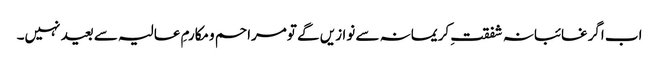
اب اگرغائبانہ شفقتِ کریمانہ سے نوازیں گے تومراحم ومکارمِ عالیہ سے بعید نہیں۔